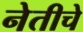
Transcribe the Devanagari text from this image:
नेतीचे